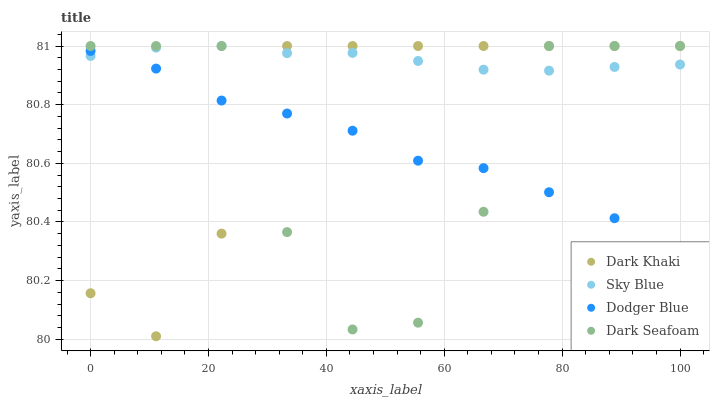
| xaxis_label | Dark Khaki | Sky Blue | Dodger Blue | Dark Seafoam |
 | --- | --- | --- | --- | --- |
 | 0 | 80.2 | 81 | 81 | 81 |
 | 11.1 | 80 | 81 | 80.9 | 81 |
 | 22.2 | 80.4 | 81 | 80.8 | 81 |
 | 33.3 | 81 | 81 | 80.8 | 80.4 |
 | 44.4 | 81 | 81 | 80.7 | 80 |
 | 55.6 | 81 | 80.9 | 80.6 | 80.1 |
 | 66.7 | 81 | 80.9 | 80.6 | 80.4 |
 | 77.8 | 81 | 80.9 | 80.5 | 81 |
 | 88.9 | 81 | 80.9 | 80.4 | 81 |
 | 100 | 81 | 80.9 | 80.3 | 81 |